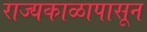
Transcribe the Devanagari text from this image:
राज्यकाळापासून